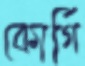
কোর্গি